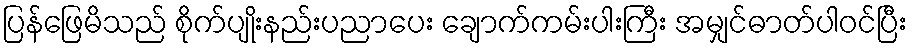
ပြန်ဖြေမိသည် စိုက်ပျိုးနည်းပညာပေး ချောက်ကမ်းပါးကြီး အမျှင်ဓာတ်ပါဝင်ပြီး